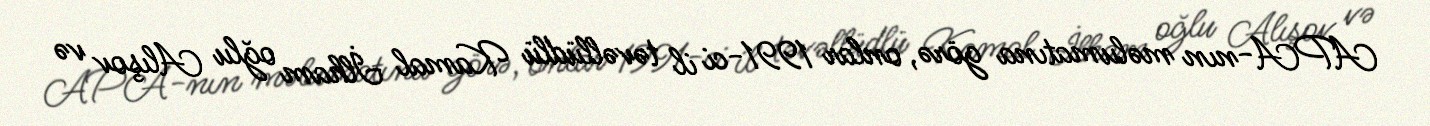
APA-nın məlumatına görə, onlar 1991-ci il təvəllüdlü Kamal İlham oğlu Alışov və